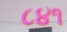
૮૪૧